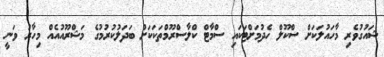
ޝައުގުވެރި މާހައުލަކަށް ސްކޫލް ހެދުމަށްޓަކައި ސްމާޓް ކްލާސްރޫމްތަކަކަށް ބަދަލުކުރުމުގެ މަޝްރޫއުއެއް މިހާރު ވަނީ